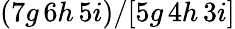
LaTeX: (7g\, 6h\, 5i)/[5g\, 4h\, 3i]